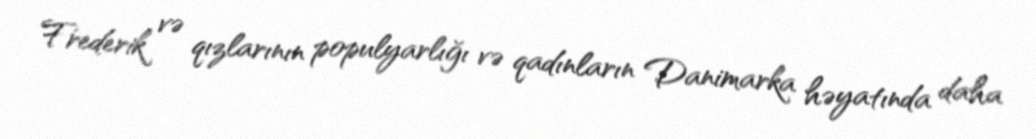
Frederik və qızlarının populyarlığı və qadınların Danimarka həyatında daha